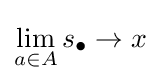
\lim _{a\in A}s_{\bullet }\to x